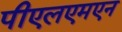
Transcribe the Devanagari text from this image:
पीएलएमएन